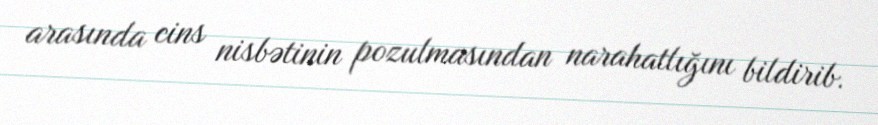
arasında cins nisbətinin pozulmasından narahatlığını bildirib.